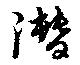
潜